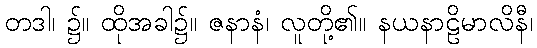
တဒါ၊ ၌။ ထိုအခါ၌။ ဇနာနံ၊ လူတို့၏။ နယနာဠိမာလိနီ၊